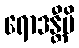
ရောဒန္တီပိ